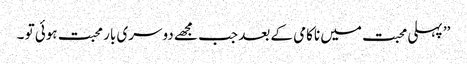
’’ پہلی محبت میں ناکامی کے بعد جب مجھے دوسری بار محبت ہوئی تو ۔